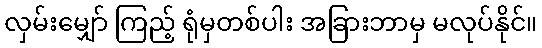
လှမ်းမျှော် ကြည့် ရုံမှတစ်ပါး အခြားဘာမှ မလုပ်နိုင်။